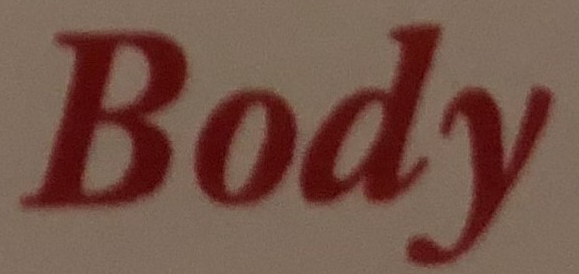
Body